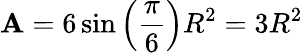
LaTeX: \mathbf{A}=6\sin\left({\frac{{\pi}}{{6}}}\right)R^{2}=3R^{2}